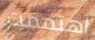
اهتممت